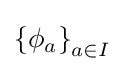
\left\{\phi _{a}\right\}_{a\in I}